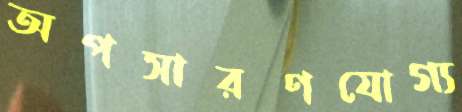
অপসারণযোগ্য